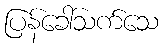
ပြန်ခေါ်သက်သေ